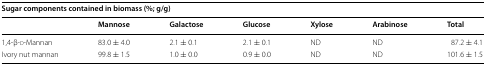
| <COLSPAN=7> Sugar components contained in biomass (%; g/g) |
 |  | Mannose | Galactose | Glucose | Xylose | Arabinose | Total |
 | --- | --- | --- | --- | --- | --- | --- |
 | 1,4-β-d-Mannan | 83.0 ± 4.0 | 2.1 ± 0.1 | 2.1 ± 0.1 | ND | ND | 87.2 ± 4.1 |
 | Ivory nut mannan | 99.8 ± 1.5 | 1.0 ± 0.0 | 0.9 ± 0.0 | ND | ND | 101.6 ± 1.5 |